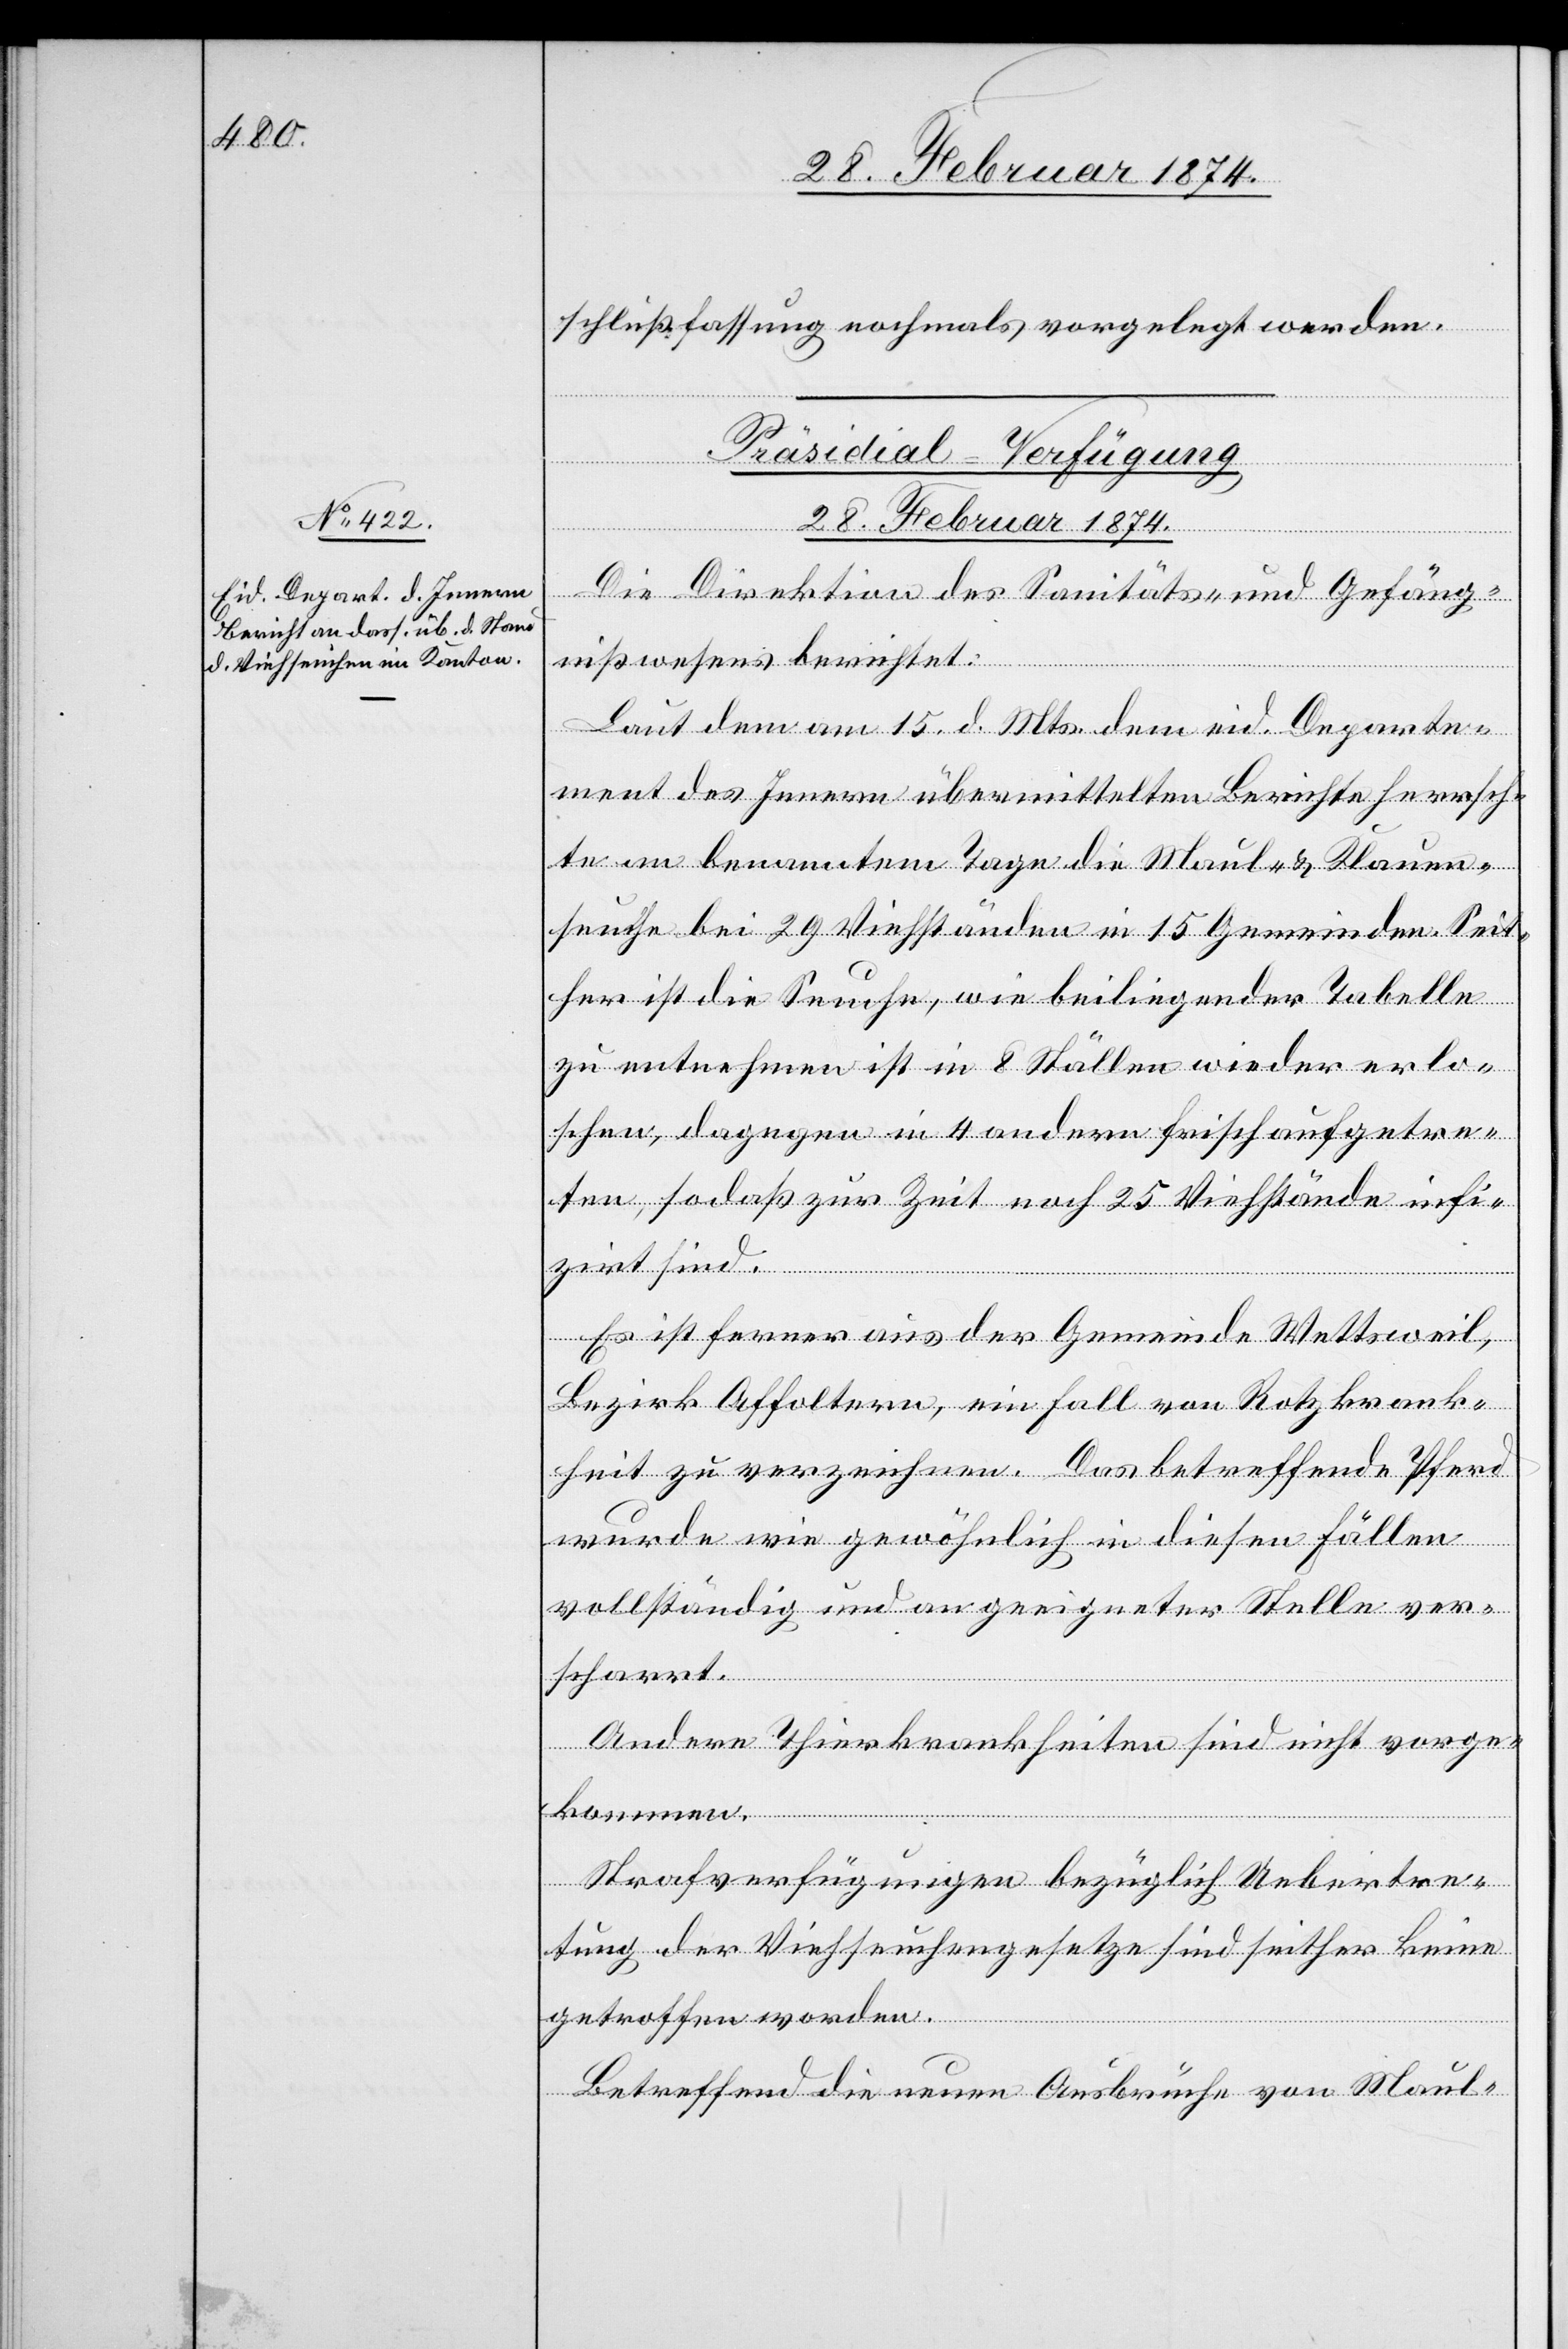
schlußfassung nochmals vorgelegt werden.
Präsidial-Verfügung
28. Februar 1874.
Die Direktion des Sanitäts- und Gefäng¬
nißwesens berichtet:
Laut dem am 15. d. Mts. dem eid. Departe¬
ment des Innern übermittelten Berichte[s] herrsch¬
te am benannten Tage die Maul- u. Klauen¬
seuche bei 29 Viehständen in 15 Gemeinden. Seit¬
her ist die Seuche, wie beiliegender Tabelle
zu entnehmen ist in 8 Ställen wieder erlo¬
schen, dagegen in 4 andern frisch aufgetre¬
ten, so daß zur Zeit noch 25 Viehstände infi¬
zirt sind.
Es ist ferner aus der Gemeinde Wettsweil,
Bezirk Affoltern, ein Fall von Rotzkrank¬
heit zu verzeichnen. Das betreffende Pferd
wurde wie gewöhnlich in diesen Fällen
vollständig und an geeigneter Stelle ver¬
scharrt.
Andere Thierkrankheiten sind nicht vorge¬
kommen.
Strafverfügungen bezüglich Uebertre¬
tung der Viehseuchengesetze sind seither keine
getroffen worden.
Betreffend die neuen Ausbrüche von Maul-